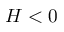
H < 0